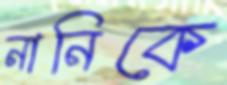
নানিকে